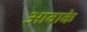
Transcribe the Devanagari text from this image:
आवाके